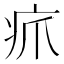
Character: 𪽫